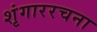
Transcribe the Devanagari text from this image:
शृंगाररचना